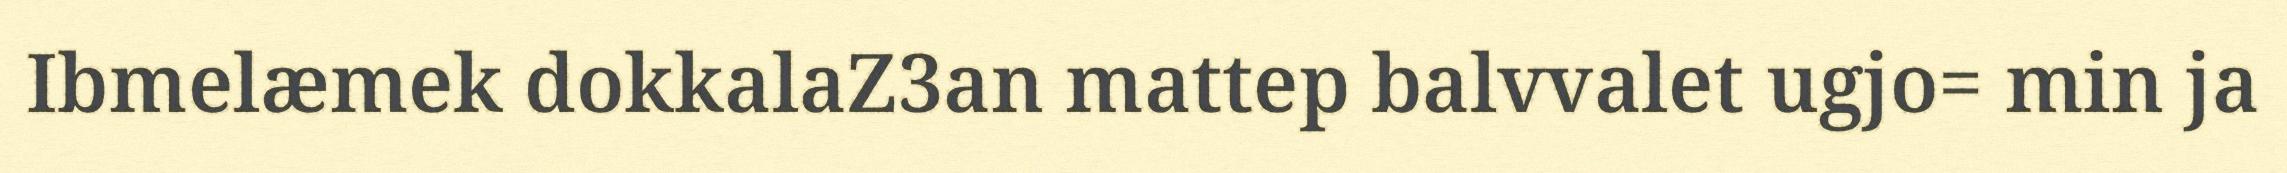
Ibmelæmek dokkalaZ3an mattep balvvalet ugjo= min ja